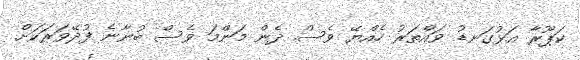
ކަޕޫރާ އަޅުގަނޑު ވައްތަރު ހެއްޔޭ ވެސް. ދެން މަންމަ ވެސް ބުނާނެ ފުދޭވަރަކަށް